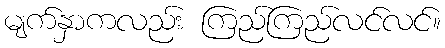
မျက်နှာကလည်း ကြည်ကြည်လင်လင်။